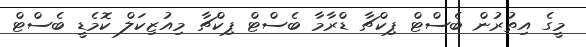
މީގެ އިތުރުން ބެސްޓް ޕިކްޗާ ޑްރާމާ ބެސްޓް ޕިކްޗާ މިއުޒިކަލް ކޮމެޑީ ބެސްޓް